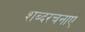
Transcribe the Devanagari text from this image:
शब्दरचनाएं